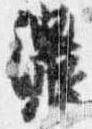
濃